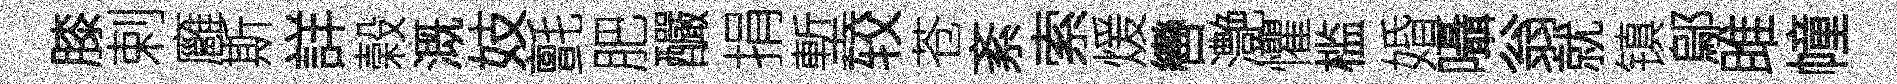
膝剌廱斯詳榖溉妓氈肥釅捐塹较苍紊索煖轡灔懼槛婚囁翁就镇鄔雎幢